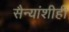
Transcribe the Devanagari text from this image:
सैन्यांशीही